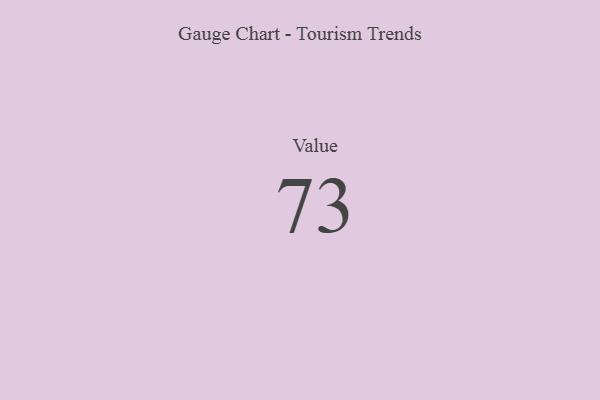
{"axis": {"x": "Metric", "y": "Value"}, "legend": [""], "data": [{"x": "Value", "y": 73, "type": ""}]}